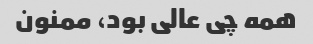
همه چی عالی بود، ممنون